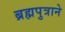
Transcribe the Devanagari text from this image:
ब्रह्मपुत्राने